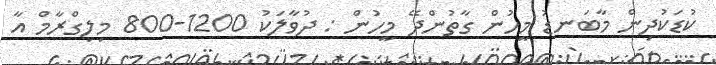
ކުޑަކުދިން މާބަނޑު މީހުން ގާތުންދޭ މީހުން : ދުވާލަކު 1200-800 މިލިގްރާމް އާ